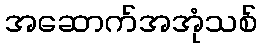
အဆောက်အအုံသစ်